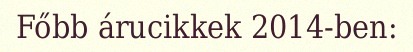
Főbb árucikkek 2014-ben: